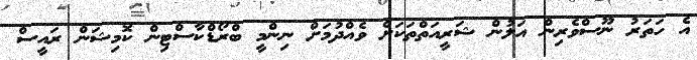
އެ ހަތަރު ނޫސްވެރިން އަލުން ޝަރީއަތްތަކަށް ވެއްދުމަށް ނިންމީ ބްރޯޑްކާސްޓިން ކޮމިޝަން ރައީސް